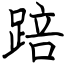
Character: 踣